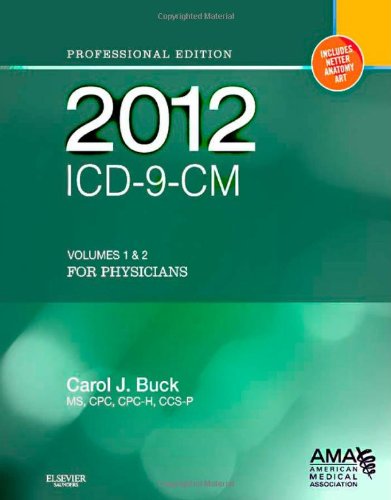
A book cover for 2012 ICD-9-CM for Physicians, Volumes 1 and 2 Professional Edition (Spiral), 1e (AMA ICD-9-CM for Physicians (Professional/Spiralbound)); Carol J. Buck MS  CPC  CCS-P; Medical Books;